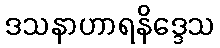
ဒသနာဟာရနိဒ္ဒေသ